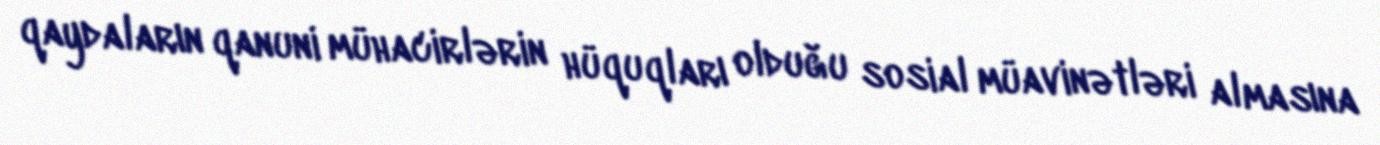
qaydaların qanuni mühacirlərin hüquqları olduğu sosial müavinətləri almasına